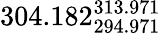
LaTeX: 304.182_{294.971}^{313.971}